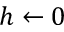
h \leftarrow 0